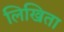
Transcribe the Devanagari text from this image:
लिखिता